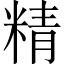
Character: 精